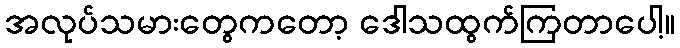
အလုပ်သမားတွေကတော့ ဒေါသထွက်ကြတာပေါ့။